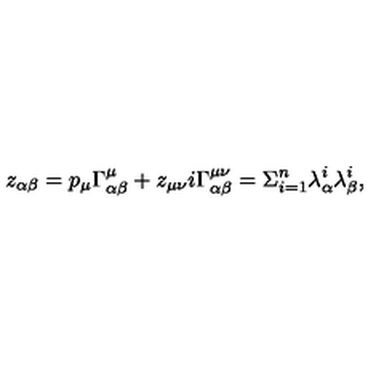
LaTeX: z _ { \alpha \beta } = p _ { \mu } \Gamma _ { \alpha \beta } ^ { \mu } + z _ { \mu \nu } i \Gamma _ { \alpha \beta } ^ { \mu \nu } = \Sigma _ { i = 1 } ^ { n } \lambda _ { \alpha } ^ { i } \lambda _ { \beta } ^ { i } ,